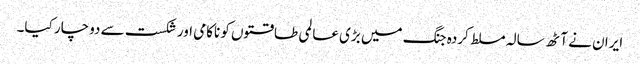
ایران نے آٹھ سالہ مسلط کردہ جنگ میں بڑی عالمی طاقتوں کو ناکامی اور شکست سے دوچار کیا۔